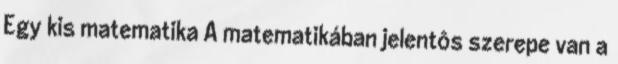
Egy kis matematika A matematikában jelentôs szerepe van a